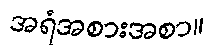
အရံအစားအစာ။